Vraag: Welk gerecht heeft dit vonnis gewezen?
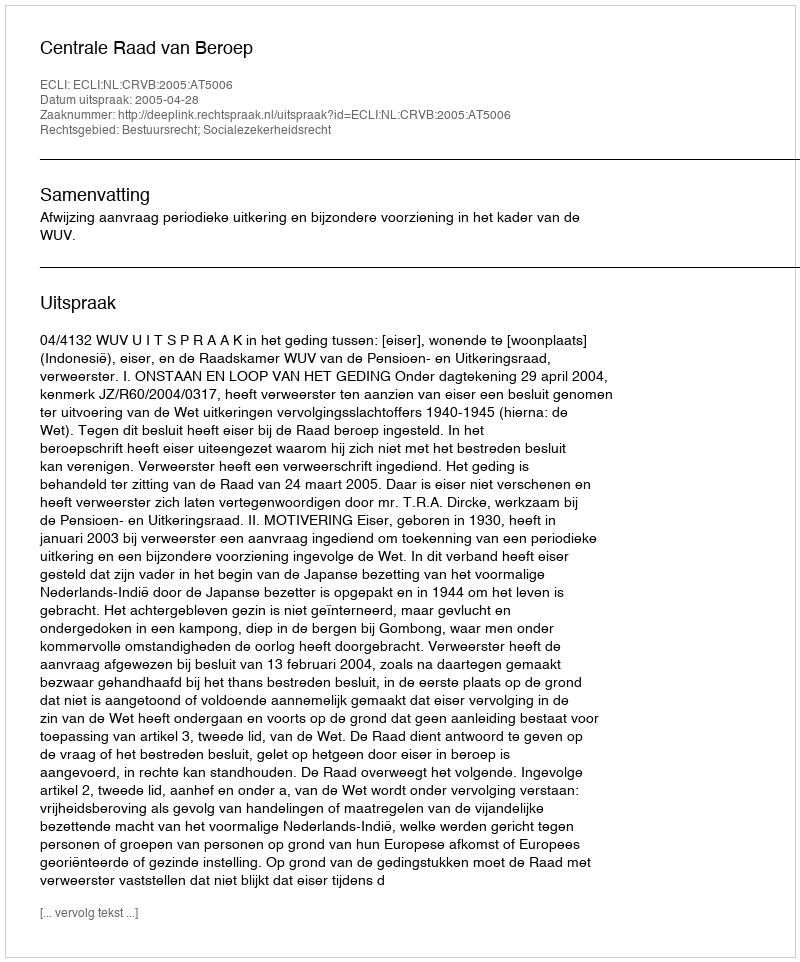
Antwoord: Centrale Raad van Beroep